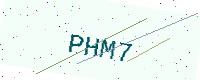
Text: PHM7